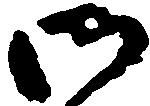
仍